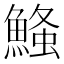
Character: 𮬃